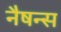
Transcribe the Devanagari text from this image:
नैषन्स